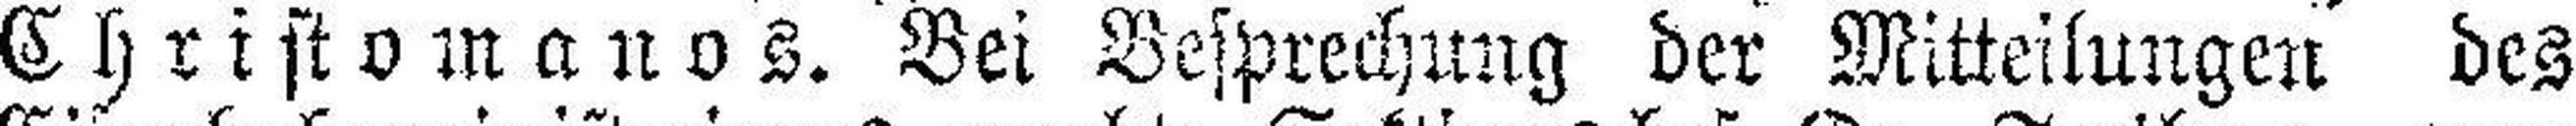
Christomanos. Bei Besprechung der Mitteilungen des